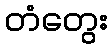
တံတွေး